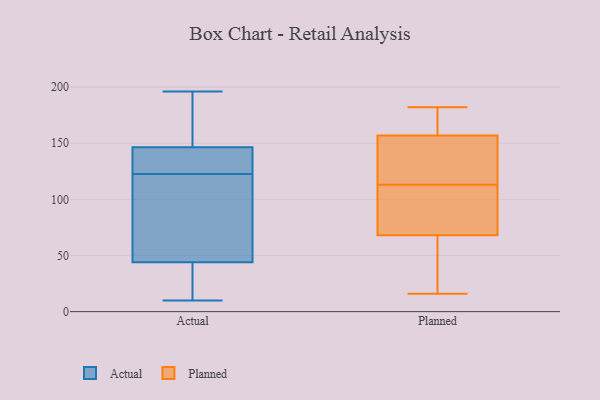
{"axis": {"x": "Shipments", "y": "Value"}, "legend": ["Actual", "Planned"], "data": [{"x": "", "y": 190, "type": "Actual"}, {"x": "", "y": 196, "type": "Actual"}, {"x": "", "y": 122, "type": "Actual"}, {"x": "", "y": 148, "type": "Actual"}, {"x": "", "y": 77, "type": "Actual"}, {"x": "", "y": 123, "type": "Actual"}, {"x": "", "y": 126, "type": "Actual"}, {"x": "", "y": 93, "type": "Actual"}, {"x": "", "y": 13, "type": "Actual"}, {"x": "", "y": 136, "type": "Actual"}, {"x": "", "y": 58, "type": "Actual"}, {"x": "", "y": 28, "type": "Actual"}, {"x": "", "y": 145, "type": "Actual"}, {"x": "", "y": 10, "type": "Actual"}, {"x": "", "y": 172, "type": "Actual"}, {"x": "", "y": 30, "type": "Actual"}, {"x": "", "y": 122, "type": "Planned"}, {"x": "", "y": 92, "type": "Planned"}, {"x": "", "y": 29, "type": "Planned"}, {"x": "", "y": 94, "type": "Planned"}, {"x": "", "y": 57, "type": "Planned"}, {"x": "", "y": 131, "type": "Planned"}, {"x": "", "y": 16, "type": "Planned"}, {"x": "", "y": 181, "type": "Planned"}, {"x": "", "y": 180, "type": "Planned"}, {"x": "", "y": 158, "type": "Planned"}, {"x": "", "y": 150, "type": "Planned"}, {"x": "", "y": 117, "type": "Planned"}, {"x": "", "y": 157, "type": "Planned"}, {"x": "", "y": 23, "type": "Planned"}, {"x": "", "y": 157, "type": "Planned"}, {"x": "", "y": 79, "type": "Planned"}, {"x": "", "y": 39, "type": "Planned"}, {"x": "", "y": 101, "type": "Planned"}, {"x": "", "y": 182, "type": "Planned"}, {"x": "", "y": 109, "type": "Planned"}]}